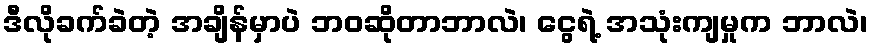
ဒီလိုခက်ခဲတဲ့ အချိန်မှာပဲ ဘဝဆိုတာဘာလဲ၊ ငွေရဲ့ အသုံးကျမှုက ဘာလဲ၊